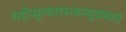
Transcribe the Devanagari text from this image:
महीसुरवरास्त्वत्सुप्रभातं